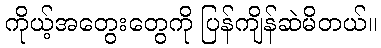
ကိုယ့်အတွေးတွေကို ပြန်ကျိန်ဆဲမိတယ်။